Source: Handwritten
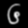
Digit: ၆ (6)